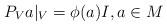
LaTeX: \begin{align*}P_V a|_V=\phi(a) I, a\in M\end{align*}